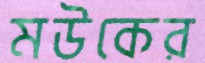
মউকের